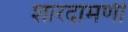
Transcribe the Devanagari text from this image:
शारदामणी